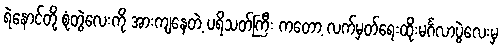
ရဲနောင်တို့ စုံတွဲလေးကို အားကျနေတဲ့ ပရိသတ်ကြီး ကတော့ လက်မှတ်ရေးထိုးမင်္ဂလာပွဲလေးမှ